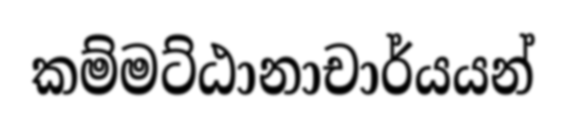
කම්මට්ඨානාචාර්යයන්